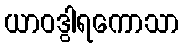
ယာဝဒွါရကောသာ